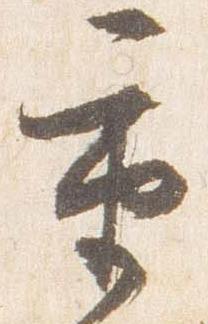
重